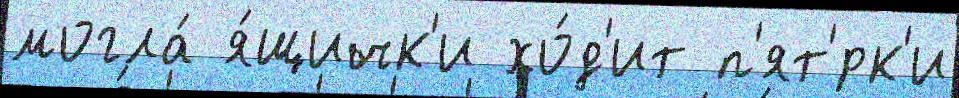
могла́ я́щичк'и хо́д'ит п'ят'́рк'и